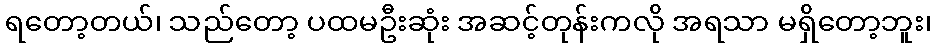
ရတော့တယ်၊ သည်တော့ ပထမဦးဆုံး အဆင့်တုန်းကလို အရသာ မရှိတော့ဘူး၊